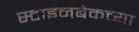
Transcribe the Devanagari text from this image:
स्टाइनबेकच्या